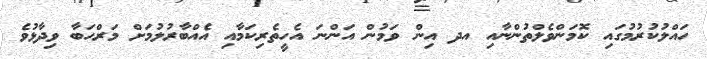
ހައްލުކުރުމުގައި ކޮމަންވެލްތުންނާއި އދ އިން ވަމުން އަންނަ އެހީތެރިކަމާއި އެއްބާރުލުމަށް މަރްހަބާ ވިދާޅުވެ